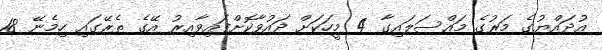
އުދައްޔުގެ މަރުގެ މައްސަލައިގާ 4 މީހަކަށް ދައުވާކޮށްފައިވާއިރު އޭގެ ތެރޭގައި ހިމެނޭ 18